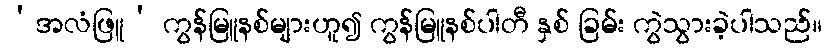
‘အလံဖြူ’ ကွန်မြူနစ်များဟူ၍ ကွန်မြူနစ်ပါတီ နှစ် ခြမ်း ကွဲသွားခဲ့ပါသည်။